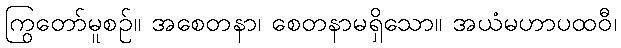
ကြွတော်မူစဉ်။ အစေတနာ၊ စေတနာမရှိသော။ အယံမဟာပထဝီ၊